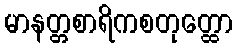
မာနတ္တစာရိကစတုတ္ထော